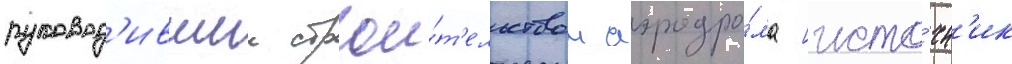
руковод'ившии строи́т'ельством аэродро́ма [исто́чн'ик